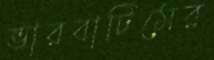
ভারবাটিমের